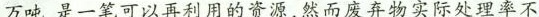
万吨，是一笔可以再利用的资源，然而废弃物实际处理率不